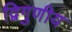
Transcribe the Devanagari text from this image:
द्विगुणीय